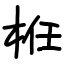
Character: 栣